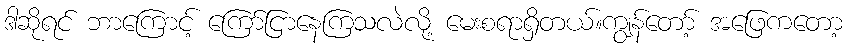
ဒါဆိုရင် ဘာကြောင့် ကြော်ငြာနေကြသလဲလို့ မေးစရာရှိတယ်။ကျွန်တော့် အဖြေကတော့